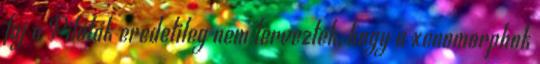
faj a Pilóták eredetileg nem tervezték, hogy a xenomorphok